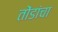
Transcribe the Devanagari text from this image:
तोंडांचा